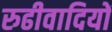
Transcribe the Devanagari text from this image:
रुढीवादियों